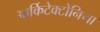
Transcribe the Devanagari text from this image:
आर्किटेक्टोनिया